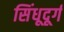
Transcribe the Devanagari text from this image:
सिंधूदूर्ग